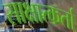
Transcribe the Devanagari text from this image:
साक्षात्कर्ता